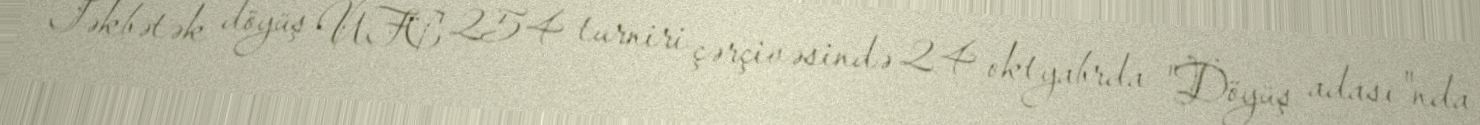
Təkbətək döyüş UFC 254 turniri çərçivəsində 24 oktyabrda "Döyüş adası"nda